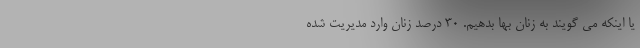
یا اینکه می گویند به زنان بها بدهیم. ۳۰ درصد زنان وارد مدیریت شده